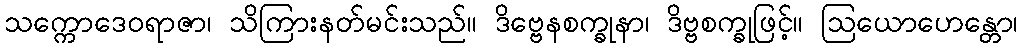
သက္ကောဒေဝရာဇာ၊ သိကြားနတ်မင်းသည်။ ဒိဗ္ဗေနစက္ခုနာ၊ ဒိဗ္ဗစက္ခုဖြင့်။ ဩယောဟေန္တော၊